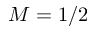
M = 1 / 2